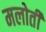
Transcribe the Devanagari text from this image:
मलोती